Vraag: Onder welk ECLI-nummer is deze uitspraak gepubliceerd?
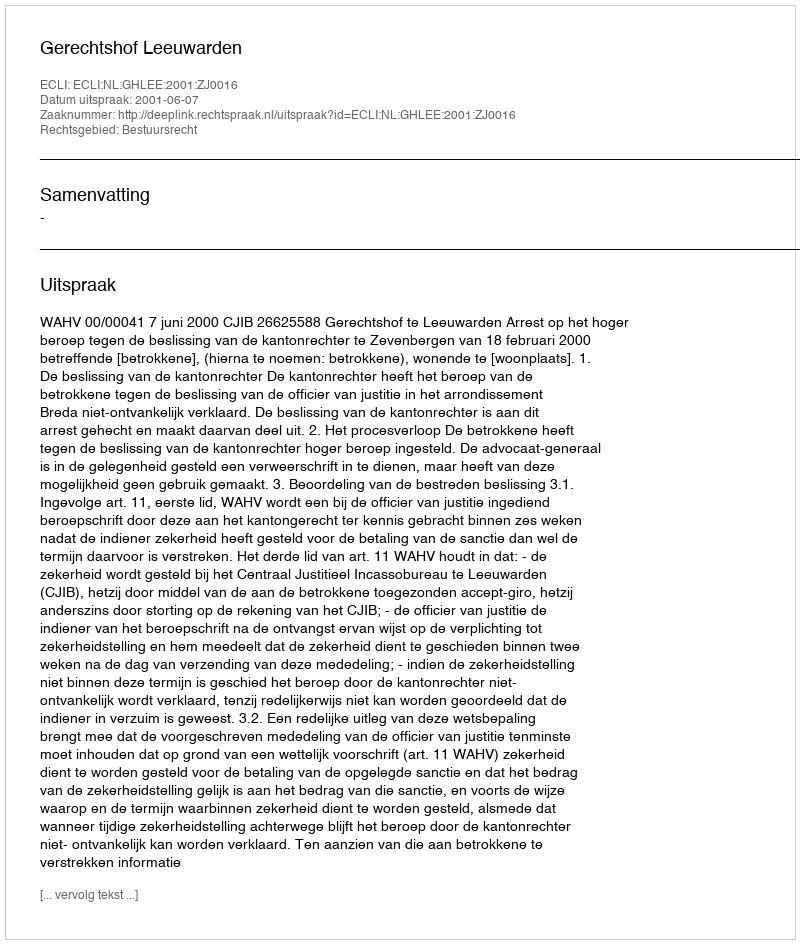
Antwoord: ECLI:NL:GHLEE:2001:ZJ0016